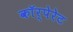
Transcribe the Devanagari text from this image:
काॅर्पेरेट